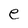
Character: e